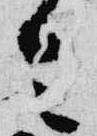
令